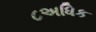
૮અધિક